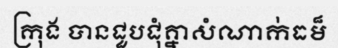
ក្រុង បានជួបជុំគ្នាសំណាក់ធម៏